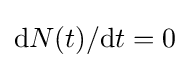
\mathrm {d} N(t)/\mathrm {d} t=0